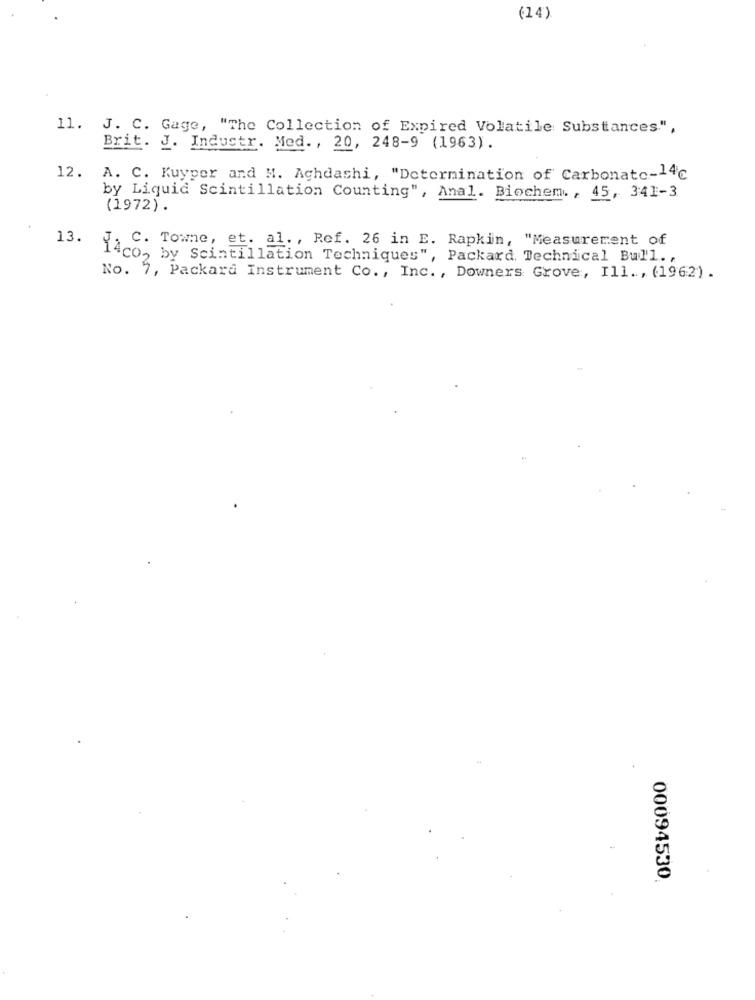
(14)
11. J. C. Gage, "The Collection of Expired Volatile Substances.",
Brit. J. Industr. Med. , 20, 248-9 (1963).
12.
A. C. Kuyper and M. Achdashi, "Determination of Carbonate-14℃
by Liquid Scintillation Counting", Anal. Biochem. , 45, 341-3
(1972).
13.
. C. Towne, et. al ., Ref. 26 in E. Rapkin, "Measurement of
14co, by Scintillation Techniques", Packard Technical Bull .,
No. 7, Packard Instrument Co ., Inc. , Downers Grove, Ill ., (1962).
00094530